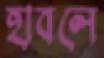
হাবলে